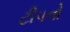
ટીપનો